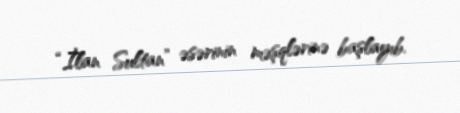
“İlan Sultan” əsərinin məşqlərinə başlayıb.